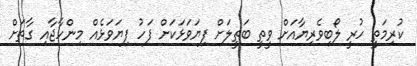
ކުރިމަތީ ހުރީ ލޯބިވެރިޔާއަށް ވީތީ ބަތީލަށް ފިޔަވަޅަކަށް ފަހު ފިޔަވަޅެއް މިންހާޖާއި ގާތަށް